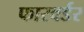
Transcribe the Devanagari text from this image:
फारवर्डर